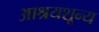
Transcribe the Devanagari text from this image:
आश्रयशून्य